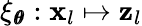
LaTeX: \xi_{\pmb{\theta}}:\mathbf{x}_{l}\mapsto\mathbf{z}_{l}